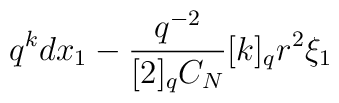
q^k dx_1 - \frac{q^{-2}}{[2]_q C_N} [k]_q r^2 \xi_1